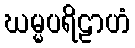
ဃမ္မပရိဠာဟံ